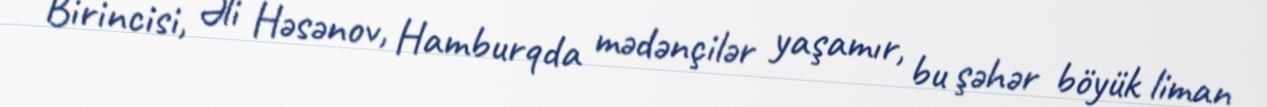
Birincisi, Əli Həsənov, Hamburqda mədənçilər yaşamır, bu şəhər böyük liman